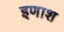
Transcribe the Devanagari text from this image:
इणाश